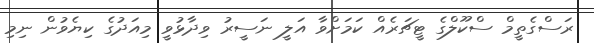
ރަސްގެތީމް ސްކޫލްގެ ޓީޗަރެއް ކަމަށްވާ އަލީ ނަސީރު ވިދާޅުވީ މިއަދުގެ ކިޔެވުން ނިމި